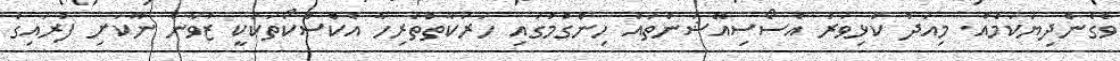
ވެގެންދިޔަކަމެއް. މިއަދު ކުޅިވަރު އެސޯސިއޭޝަންތައް ހިންގުމުގައި ހަރަކާތްތެރިހާ އެކްސްކޯތަކަކީ ޒުވާން ނޫކަށި ފުރައިގެ